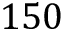
1 5 0